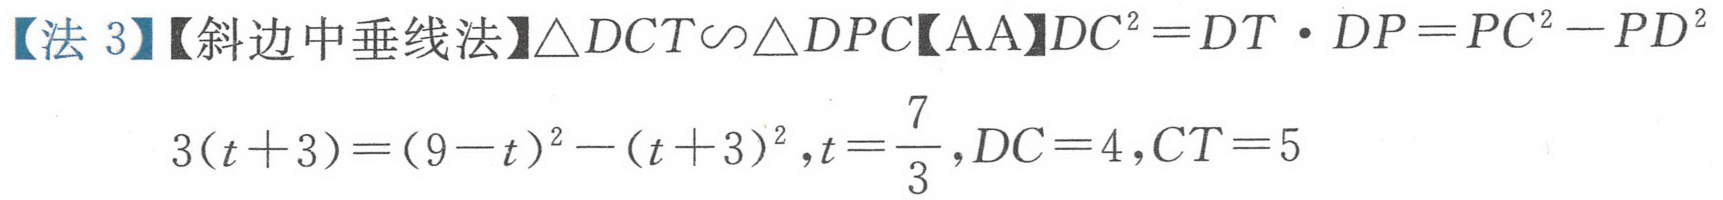
【法 3】【斜边中垂线法】$\triangle DCT\sim\triangle DPC【AA】DC^{2}=DT\cdot DP = PC^{2}-PD^{2}$
$3(t + 3)=(9 - t)^{2}-(t + 3)^{2},t=\frac{7}{3},DC = 4,CT = 5$